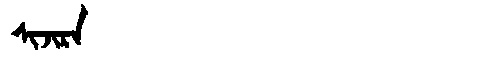
Manchu: ᠰᡳᠵᡳᡵᠠ
Romanization: SIJIRA